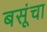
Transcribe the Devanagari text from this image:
बसूंचा